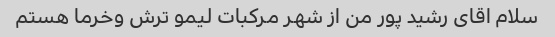
سلام اقای رشید پور من از شهر مرکبات لیمو ترش وخرما هستم